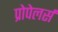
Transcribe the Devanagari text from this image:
प्रोपेलर्स